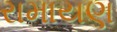
રામાયણ